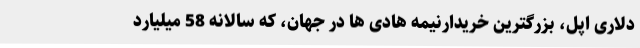
دلاری اپل، بزرگترین خریدارنیمه هادی ها در جهان، که سالانه 58 میلیارد